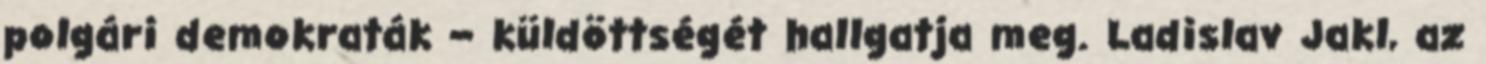
polgári demokraták – küldöttségét hallgatja meg. Ladislav Jakl, az